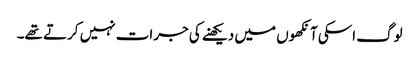
لوگ اسکی آنکھوں میں دیکھنے کی جرات نہیں کرتے تھے۔